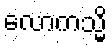
လောကသ္မိ